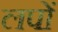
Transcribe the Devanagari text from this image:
लपों